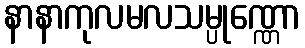
နာနာကုလမလသမ္ပုဏ္ဏော